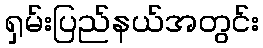
ရှမ်းပြည်နယ်အတွင်း